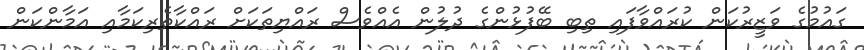
ގައުމުގެ ވަޒީރުކަން ކުރައްވާފައި ތިބި ބޭފުޅުންގެ ދުލުން އެއްވެސް ރައްޔިތަކަށް ރައްކާތެރިކަމާއި އަމާންކަން